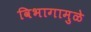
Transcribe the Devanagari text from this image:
विभागामुळे